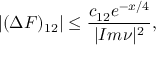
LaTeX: | ( \Delta F ) _ { 1 2 } | \leq \frac { c _ { 1 2 } e ^ { - x / 4 } } { | I m \nu | ^ { 2 } } ,